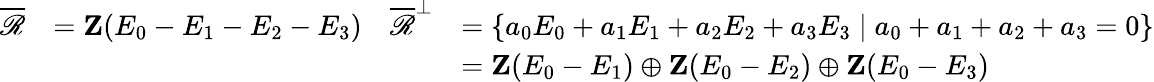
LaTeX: \begin{array}{rlrl}{\overline{{\mathscr{R}}}}&{=\mathbf{Z}(E_{0}-E_{1}-E_{2}-E_{3})}&{\overline{{\mathscr{R}}}^{\perp}}&{=\left\{ a_{0}E_{0}+a_{1}E_{1}+a_{2}E_{2}+a_{3}E_{3}\mid a_{0}+a_{1}+a_{2}+a_{3}=0\right\} }\\ &{}&&{=\mathbf{Z}(E_{0}-E_{1})\oplus\mathbf{Z}(E_{0}-E_{2})\oplus\mathbf{Z}(E_{0}-E_{3})}\end{array}